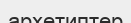
архетиптер